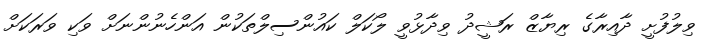
ވިލުފުށީ ދާއިރާގެ ރިޔާޒް ރަޝީދު ވިދާޅުވީ ލޯކަލް ކައުންސިލްތަކުން އަންހެނުންނަށް ވަކި ވަރަކަށް